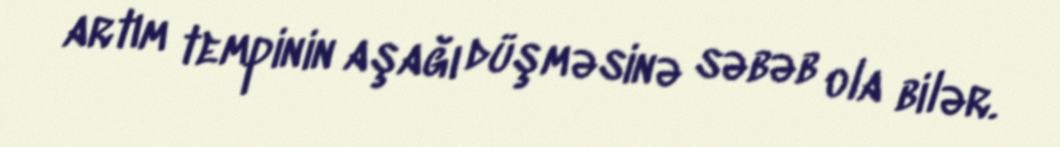
artım tempinin aşağı düşməsinə səbəb ola bilər.